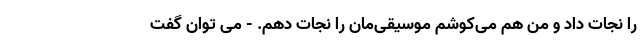
را نجات داد و من هم می‌کوشم موسیقی‌مان را نجات دهم. - می توان گفت